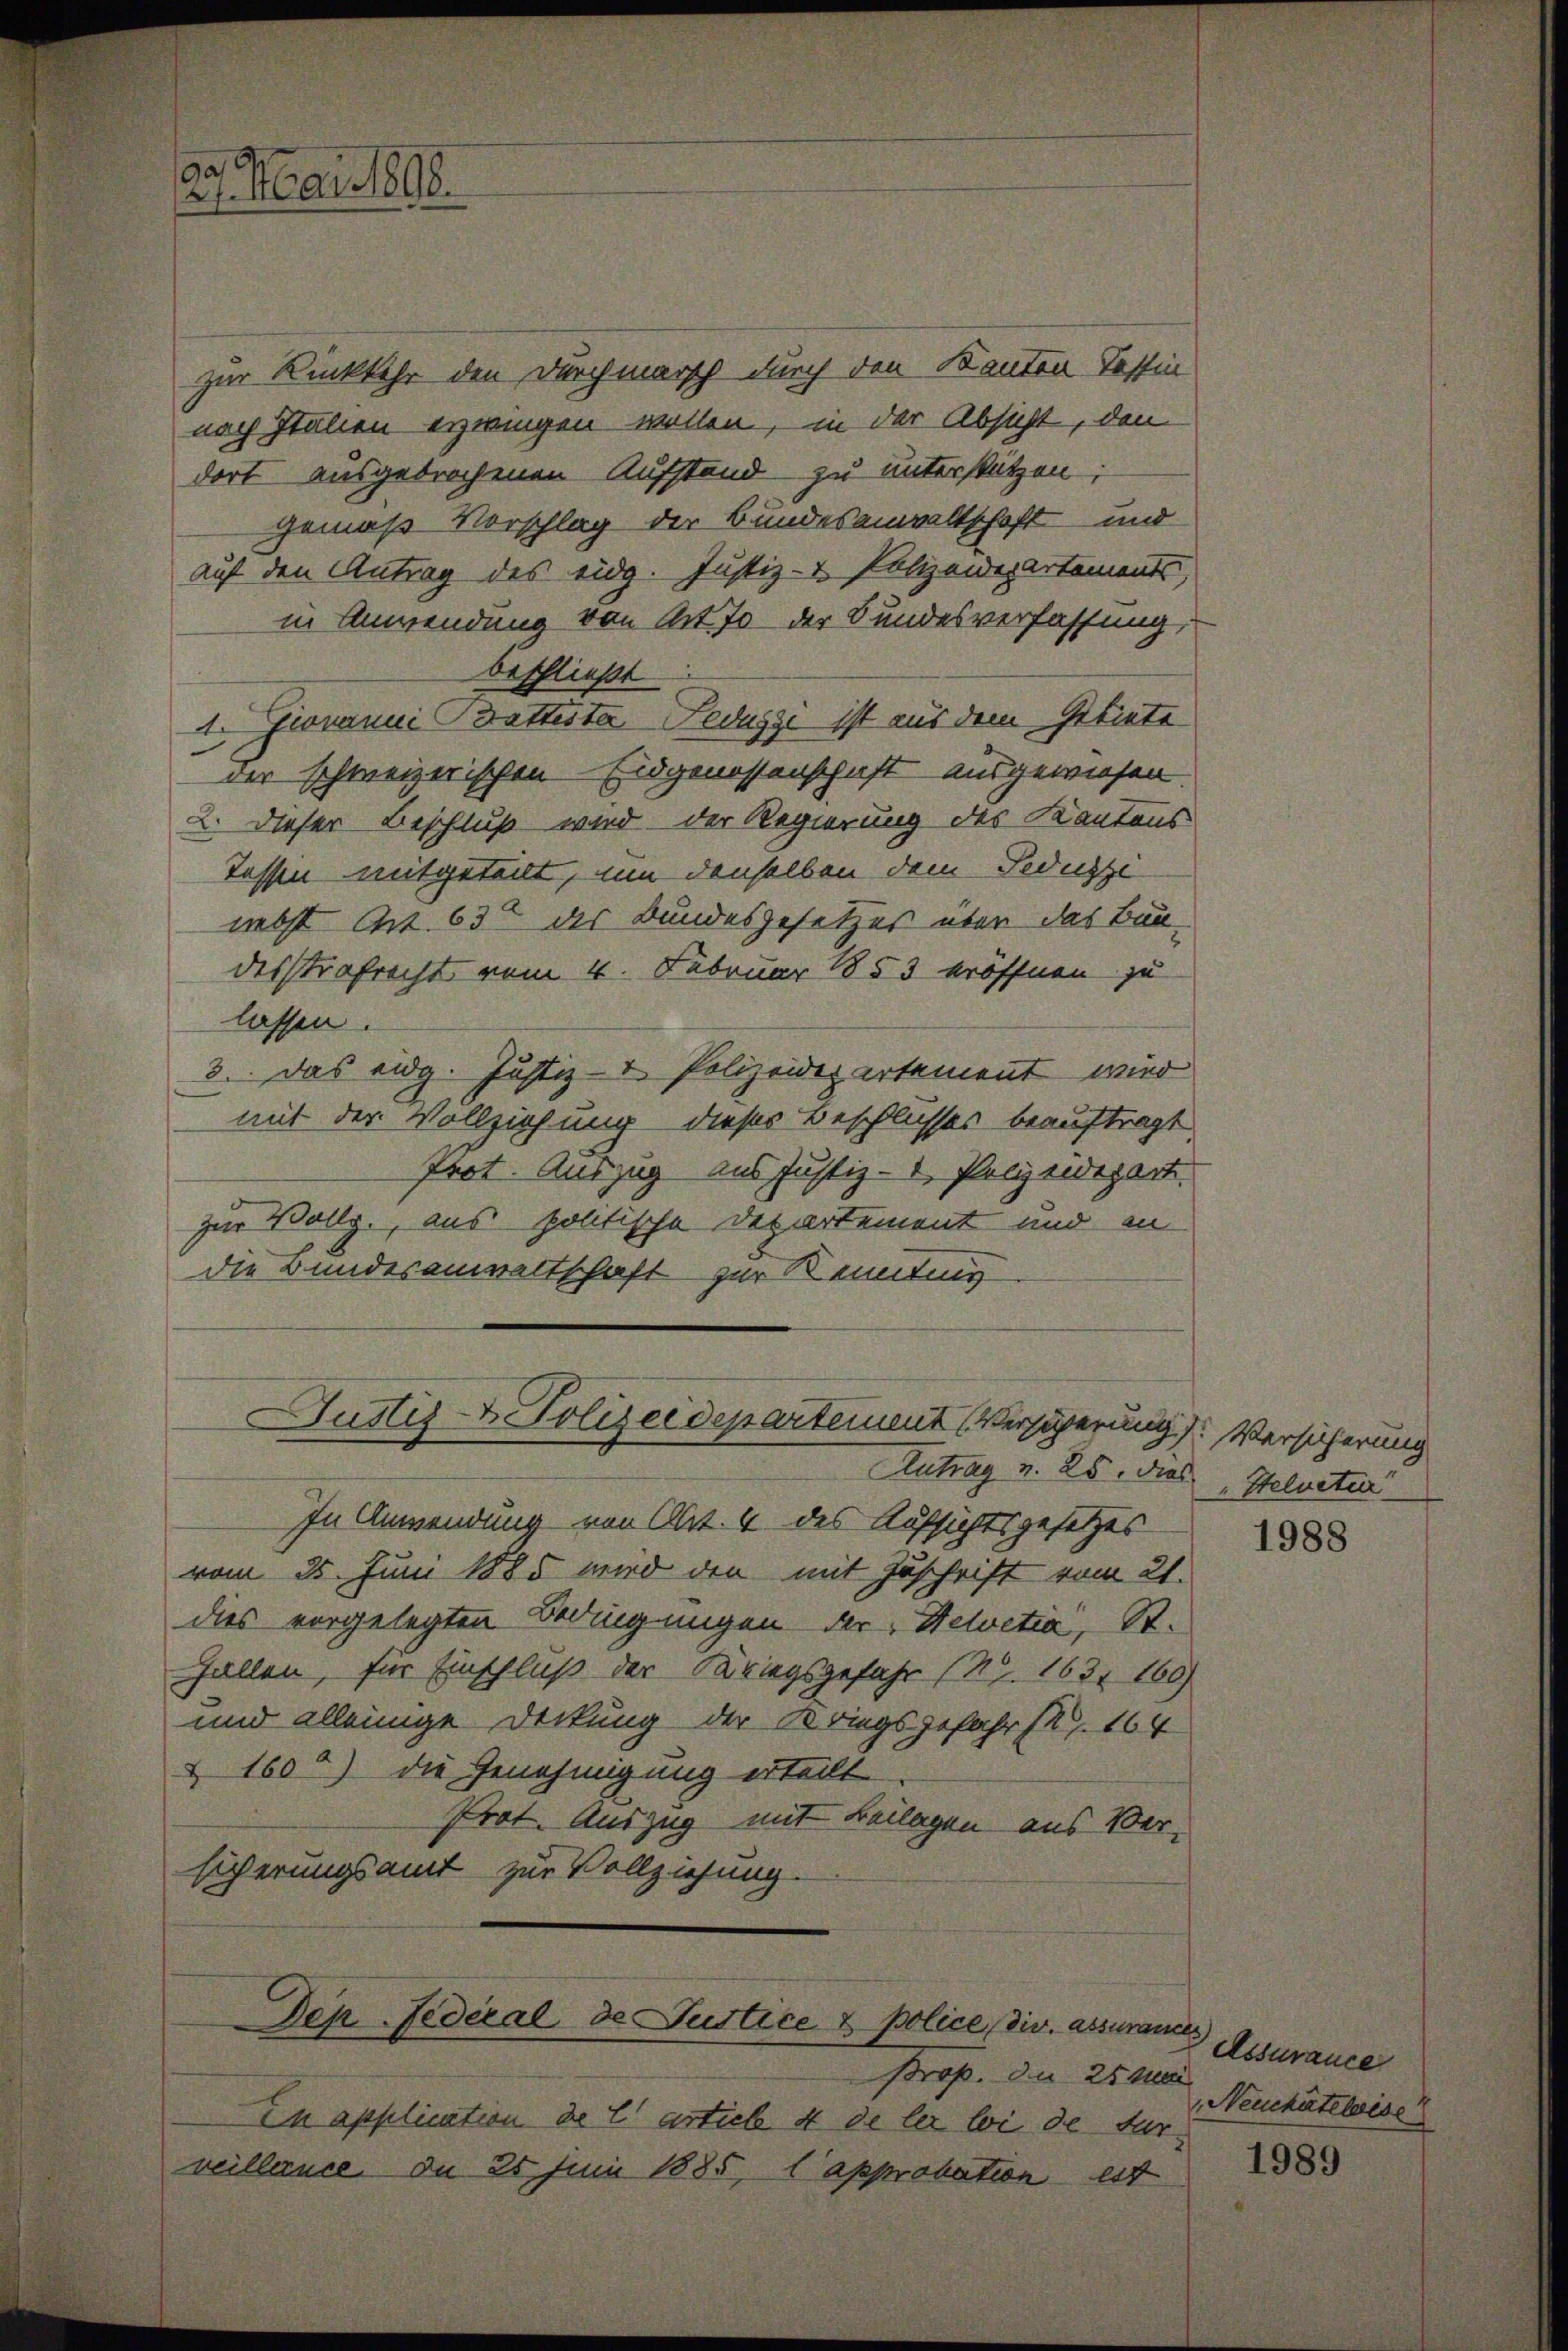
29. Mai 1898.

Justiz & Polizeidepartement Versierung. Versicherung

zur Rückkehr den Durchmarsch durch den Kanton Tessin
nach Italien erzwingen wollen, in der Absicht, den
dort ausgebrochenen Aufstand zu unterstützen,
gemäß Vorschlag der Bundesanwaltschaft und
auf den Antrag des eidg. Justiz- & Polizeidepartements,
in Anwendung von Art. 70 der Bundesverfassung,
beschließt
4. Giovanni Datteste Fedussi ist aus dem Gebiete
der schweizerischen Eidgenossenschaft ausgewiesen
2. Dieser Beschluß wird der Regierung des Kantons
Tassen mitgeteilt, um denselben dem Feduszi
nebst Art. 63 des Bundesgesetzes über das Baudesstrafrecht vom 4. Februar 1853 eröffnen zu
lassen.
3.. Das eidg. Justiz- & Polizeidepartement wird
mit der Vollziehung dieser Beschlusses beauftragt.
Prot. Auszug aus Justiz- & Polizeidepart.
zur Vollg., aus politische Departement und an
die Bundesanwaltschaft zur Kennting

Antrag u. 25. dies Stelveter
In Anwendung von Art. 4 des Aufsichtsgesetzes
vom 25. Juni 1885 wird den mit Zuschrift vom 21.
dies vorgelegten Bedingungen der Helvetia, St.
Fallen, für Einschluß der Kriegsgefahr (S. 163. 160)
und alleinige Deckung der Kriegsgefahrt. 164
 1600) die Genehmigung erteilt
Prot. Auszug mit Beilagen aus Ver-
licherungsamt zur Vollziehung.
Den Federal de Justice & police dir. assurances
Brop. du 25 Mai
In application de l’article 4 de les loi de darveillence de 25 Juni 1885, l approbation est

1988

Assurance
Neuchâteloise

1989